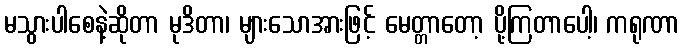
မသွားပါစေနဲ့ဆိုတာ မုဒိတာ၊ များသောအားဖြင့် မေတ္တာတော့ ပို့ကြတာပေါ့၊ ကရုဏာ